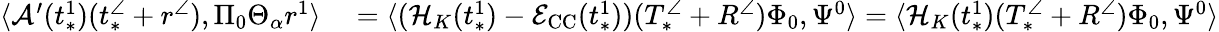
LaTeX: \begin{array}{rl}{\langle\mathcal{A}^{\prime}(t_{*}^{1})(t_{*}^{\angle}+r^{\angle}),\Pi_{0}\Theta_{\alpha}r^{1}\rangle}&{{}=\langle(\mathcal{H}_{K}(t_{*}^{1})-\mathcal{E}_{\mathrm{CC}}(t_{*}^{1}))(T_{*}^{\angle}+R^{\angle})\Phi_{0},\Psi^{0}\rangle=\langle\mathcal{H}_{K}(t_{*}^{1})(T_{*}^{\angle}+R^{\angle})\Phi_{0},\Psi^{0}\rangle}\end{array}